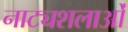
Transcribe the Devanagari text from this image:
नाट्यशलाओं